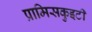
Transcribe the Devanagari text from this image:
प्रामिसकुइटी